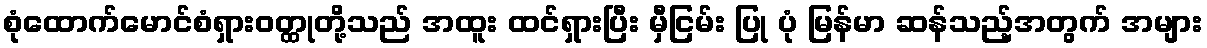
စုံထောက်မောင်စံရှားဝတ္ထုတို့သည် အထူး ထင်ရှားပြီး မှီငြမ်း ပြု ပုံ မြန်မာ ဆန်သည့်အတွက် အများ